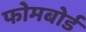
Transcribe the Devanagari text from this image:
फोमबोर्ड